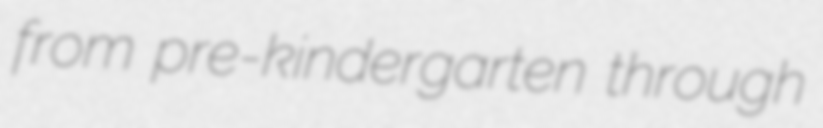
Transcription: from pre-kindergarten through